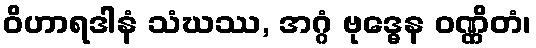
ဝိဟာရဒါနံ သံဃဿ, အဂ္ဂံ ဗုဒ္ဓေန ဝဏ္ဏိတံ၊